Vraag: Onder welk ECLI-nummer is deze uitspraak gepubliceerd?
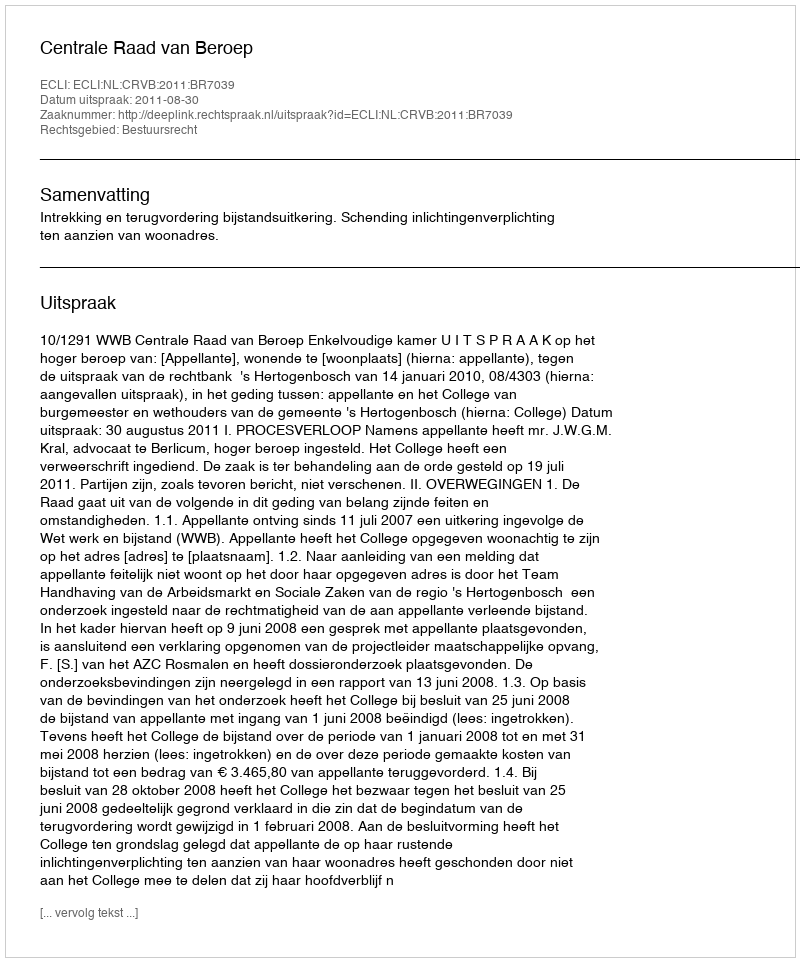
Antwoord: ECLI:NL:CRVB:2011:BR7039